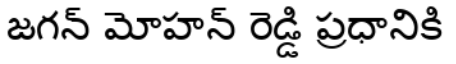
జగన్ మోహన్ రెడ్డి ప్రధానికి